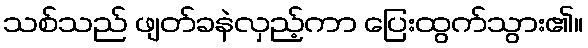
သစ်သည် ဖျတ်ခနဲလှည့်ကာ ပြေးထွက်သွား၏။